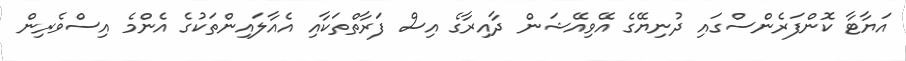
އަޔާޓާ ކޮންފަރެންސްގައި ދުނިޔޭގެ އޭވިއޭޝަން ދާއިރާގެ އިސް ފަރާތްތަކާއި އެއާލައިންތަކުގެ އެންމެ އިސްވެރިން